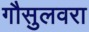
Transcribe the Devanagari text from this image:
गौसुलवरा